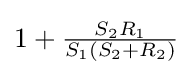
1+{\tfrac {S_{2}R_{1}}{S_{1}(S_{2}+R_{2})}}